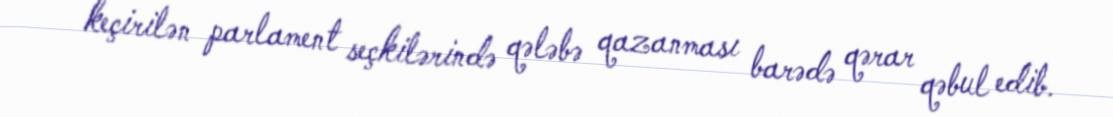
keçirilən parlament seçkilərində qələbə qazanması barədə qərar qəbul edib.